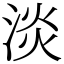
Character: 淡